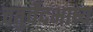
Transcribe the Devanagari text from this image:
चतुर्वेदभाष्य